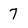
Character: 7